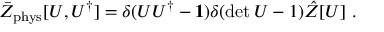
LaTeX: \bar { Z } _ { \mathrm { p h y s } } [ U , U ^ { \dagger } ] = \delta ( U U ^ { \dagger } - \boldsymbol { 1 } ) \delta ( \operatorname * { d e t } U - 1 ) \hat { Z } [ U ] \ .